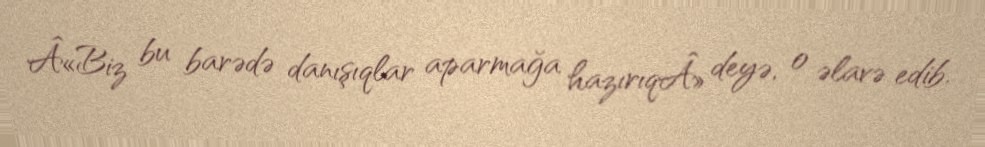
Â«Biz bu barədə danışıqlar aparmağa hazırıqÂ» deyə, o əlavə edib.